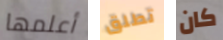
أعلمها تطلق كان